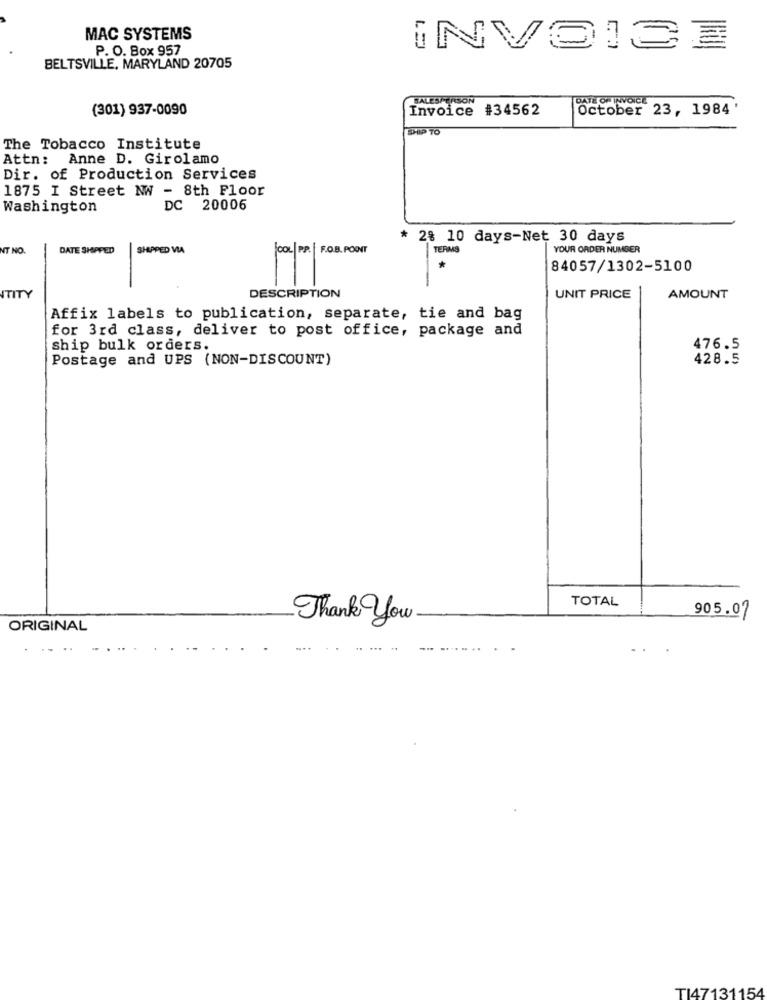
MAC SYSTEMS
P. O. Box 957
INVOICE
BELTSVILLE, MARYLAND 20705
SALESPERSON
DATE OF INVOICE
(301) 937-0090
Invoice #34562
October 23, 1984'
SHIP TO
The Tobacco Institute
Attn: Anne D. Girolamo
Dir. of Production Services
1875 I Street NW - 8th Floor
Washington
DC 20006
* 28 10 days-Net 30 days
NT NO.
DATE SHAPED
SHIPPED VIA
COL|PP. | F.O.B. POINT
TERMS
YOUR ORDER NUMBER
84057/1302-5100
DESCRIPTION
ITITY
UNIT PRICE
AMOUNT
Affix labels to publication, separate, tie and bag
for 3rd class, deliver to post office, package and
ship bulk orders.
476.5
Postage and UPS (NON-DISCOUNT)
428.5
TOTAL
Thank You
905.07
ORIGINAL
..
.
TI47131154